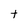
Character: t